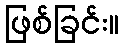
ဖြစ်ခြင်း။